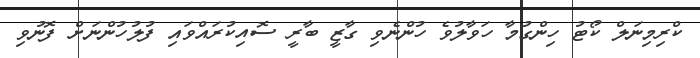
ކްރިމިނަލް ކޯޓު ހިންގުމާ ހަވާލުވެ ހުންނެވި ގާޒީ ބާރީ ސޮއިކުރައްވައި ފުލުހުންނަށް ފޮނުވި